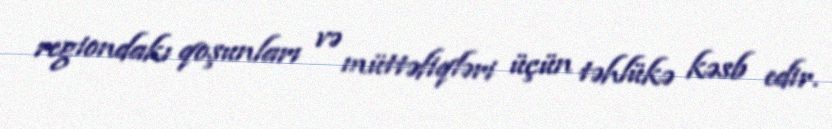
regiondakı qoşunları və müttəfiqləri üçün təhlükə kəsb edir.